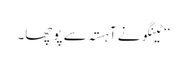
‘‘ ٹینگو نے آہستہ سے پوچھا۔